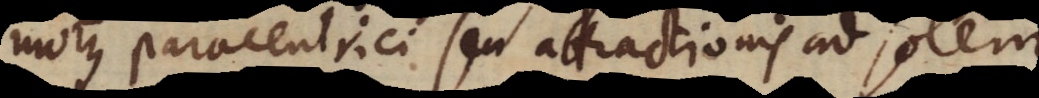
motus paracentrici seu attractionis ad solem